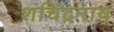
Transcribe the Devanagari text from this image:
शचिंद्रनाथ